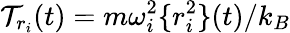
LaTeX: {\cal T}_{r_{i}}(t)=m\omega_{i}^{2}\{ r_{i}^{2}\} (t)/k_{B}